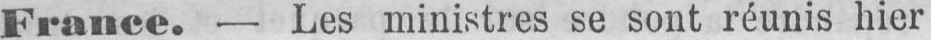
France. - Les ministres se sont réunis hier